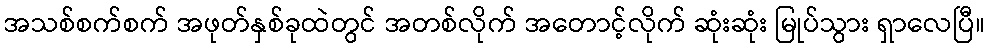
အသစ်စက်စက် အဖုတ်နှစ်ခုထဲတွင် အတစ်လိုက် အတောင့်လိုက် ဆုံးဆုံး မြုပ်သွား ရှာလေပြီ။